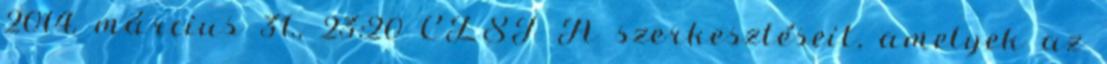
2014. március 31., 23:20‎ CEST A szerkesztéseit, amelyek az